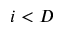
i < D